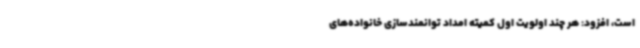
است، افزود: هر چند اولویت اول کمیته امداد توانمندسازی خانواده‌های